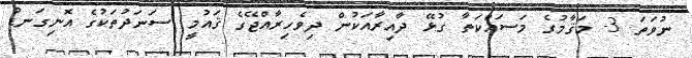
ނުވަތަ 3- މަޤާމުގެ މަސައްކަތާ ގުޅޭ ދާއިރާއަކުން ދިވެހިރާއްޖޭގެ ޤައުމީ ސަނަދުތަކުގެ އޮނިގަނޑު